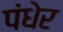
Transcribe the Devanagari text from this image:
पंधेर